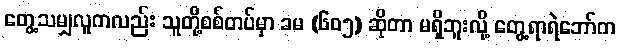
တွေ့သမျှလူကလည်း သူတို့စစ်တပ်မှာ ခမ (၆၀၅) ဆိုတာ မရှိဘူးလို့ တွေ့ရာရဲဘော်က